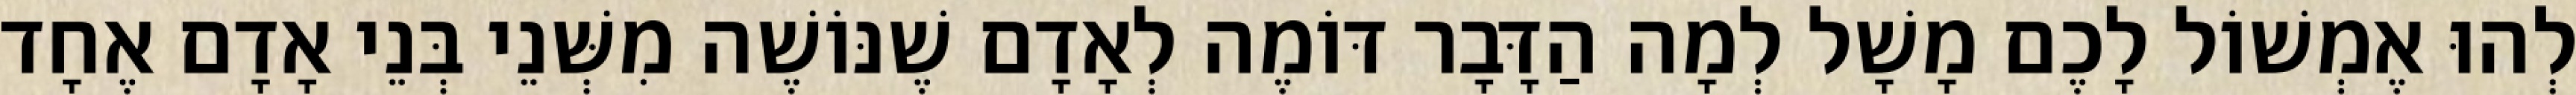
לְהוּ אֶמְשׁוֹל לָכֶם מָשָׁל לְמָה הַדָּבָר דּוֹמֶה לְאָדָם שֶׁנּוֹשֶׁה מִשְּׁנֵי בְּנֵי אָדָם אֶחָד